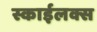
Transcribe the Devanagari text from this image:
स्काईलक्स